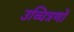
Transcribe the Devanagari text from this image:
उच्चित्रणों